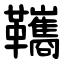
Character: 䪎